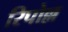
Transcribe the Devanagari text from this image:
रिपोल्ल